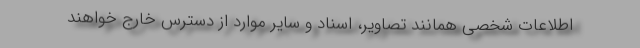
اطلاعات شخصی همانند تصاویر، اسناد و سایر موارد از دسترس خارج خواهند